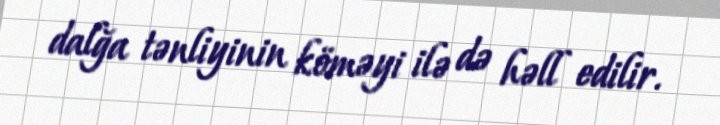
dalğa tənliyinin köməyi ilə də həll edilir.